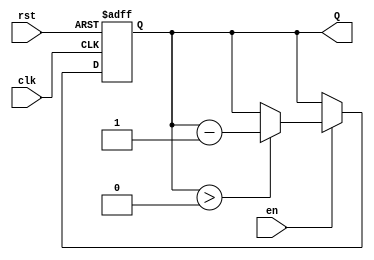
module binary_down_counter (
    input wire clk,        // Clock signal
    input wire rst,        // Asynchronous reset signal
    input wire en,         // Enable signal
    output reg [3:0] Q     // 4-bit output for the counter
);

    // Define the maximum count value for a 4-bit counter
    parameter MAX_COUNT = 4'b1111; // 15 in decimal

    // Always block triggered on the rising edge of the clock or when reset is asserted
    always @(posedge clk or posedge rst) begin
        if (rst) begin
            // Asynchronous reset: set counter to maximum count value
            Q <= MAX_COUNT;
        end else if (en) begin
            // Decrement the counter if enabled and not at zero
            if (Q > 0) begin
                Q <= Q - 1;
            end
            // If Q is already 0, it will remain at 0
        end
        // If en is low, do nothing and hold the current value
    end

endmodule